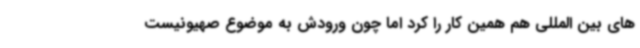
های بین المللی هم همین کار را کرد اما چون ورودش به موضوع صهیونیست